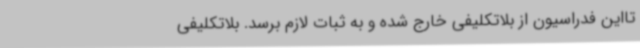
تااین فدراسیون از بلاتکلیفی خارج شده و به ثبات لازم برسد. بلاتکلیفی